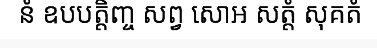
នំ ឧបបត្តិញ្ច សព្វ សោឣ សត្តំ សុគតំ